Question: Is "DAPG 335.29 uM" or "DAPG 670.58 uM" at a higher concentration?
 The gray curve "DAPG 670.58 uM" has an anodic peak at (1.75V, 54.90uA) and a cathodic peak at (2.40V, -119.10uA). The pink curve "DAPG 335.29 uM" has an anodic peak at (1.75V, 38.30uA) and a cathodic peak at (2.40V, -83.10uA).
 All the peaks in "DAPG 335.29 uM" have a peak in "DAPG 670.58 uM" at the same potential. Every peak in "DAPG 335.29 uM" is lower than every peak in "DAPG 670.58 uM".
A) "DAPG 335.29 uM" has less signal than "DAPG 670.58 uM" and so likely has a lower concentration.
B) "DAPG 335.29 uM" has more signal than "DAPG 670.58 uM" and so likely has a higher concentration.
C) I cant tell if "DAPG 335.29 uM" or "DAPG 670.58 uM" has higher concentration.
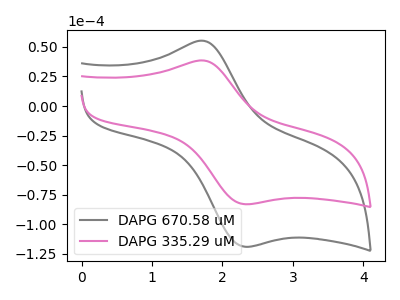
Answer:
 <answer>A) "DAPG 335.29 uM" has less signal than "DAPG 670.58 uM" and so likely has a lower concentration.</answer>
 <eval>A</eval>